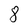
Character: 8